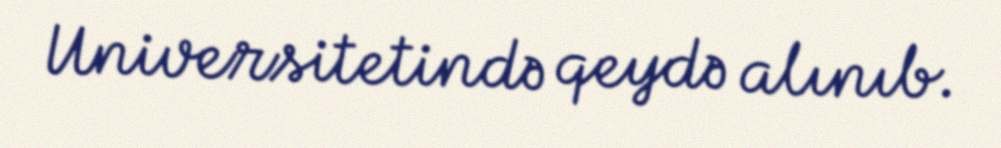
Universitetində qeydə alınıb.